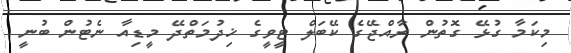
މިކަމާ ގުޅޭ ގޮތުން ރާއްޖޭގެ ކޭބަލް ޓީވީގެ ޚިދުމަތްދޭ މީޑިއާ ނެޓުން ބުނީ